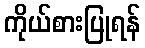
ကိုယ်စားပြုရန်